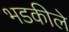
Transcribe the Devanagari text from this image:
भडकीले